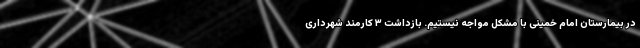
در بیمارستان امام خمینی با مشکل مواجه نیستیم. بازداشت ۳ کارمند شهرداری